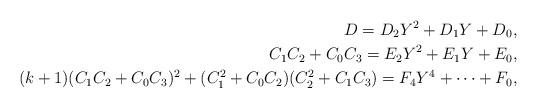
LaTeX: \begin{align*}D=D_2Y^2+D_1Y+D_0, \\C_1C_2+C_0C_3=E_2Y^2+E_1Y+E_0, \\(k+1)(C_1C_2+C_0C_3)^2+(C_1^2+C_0C_2)(C_2^2+C_1C_3)=F_4Y^4+\cdots+F_0,\end{align*}